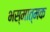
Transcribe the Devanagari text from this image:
भस्मात्मक